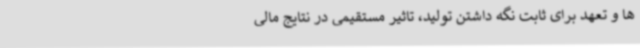
ها و تعهد برای ثابت نگه داشتن تولید، تاثیر مستقیمی در نتایج مالی